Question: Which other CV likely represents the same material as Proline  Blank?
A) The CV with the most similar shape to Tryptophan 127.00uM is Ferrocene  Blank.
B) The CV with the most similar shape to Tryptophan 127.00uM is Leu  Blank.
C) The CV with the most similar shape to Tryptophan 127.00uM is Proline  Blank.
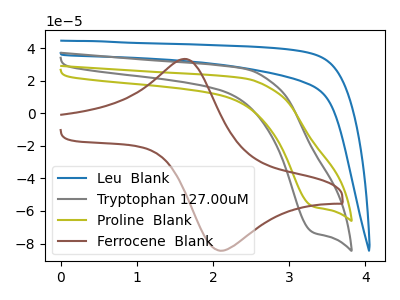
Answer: <think>The blue curve "Leu  Blank" has no peaks. The gray curve "Tryptophan 127.00uM" has a cathodic peak at: (3.30V, -73.15uA). The olive curve "Proline  Blank" has a cathodic peak at: (3.30V, -57.25uA). The brown curve "Ferrocene  Blank" has an anodic peak at (1.60V, 33.30uA) and a cathodic peak at (2.10V, -84.45uA).
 "Leu  Blank" and "Tryptophan 127.00uM" have a different number of peaks. "Leu  Blank" and "Proline  Blank" have a different number of peaks. "Leu  Blank" and "Ferrocene  Blank" have a different number of peaks. All the peaks in "Tryptophan 127.00uM" have a peak in "Proline  Blank" at the same potential. Every peak in "Tryptophan 127.00uM" is higher than every peak in "Proline  Blank". "Tryptophan 127.00uM" and "Ferrocene  Blank" have a different number of peaks. "Proline  Blank" and "Ferrocene  Blank" have a different number of peaks.</think>
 <answer>C) The CV with the most similar shape to "Tryptophan 127.00uM" is "Proline  Blank".</answer>
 <eval>C</eval>